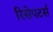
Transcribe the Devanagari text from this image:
रिसेपटर्स